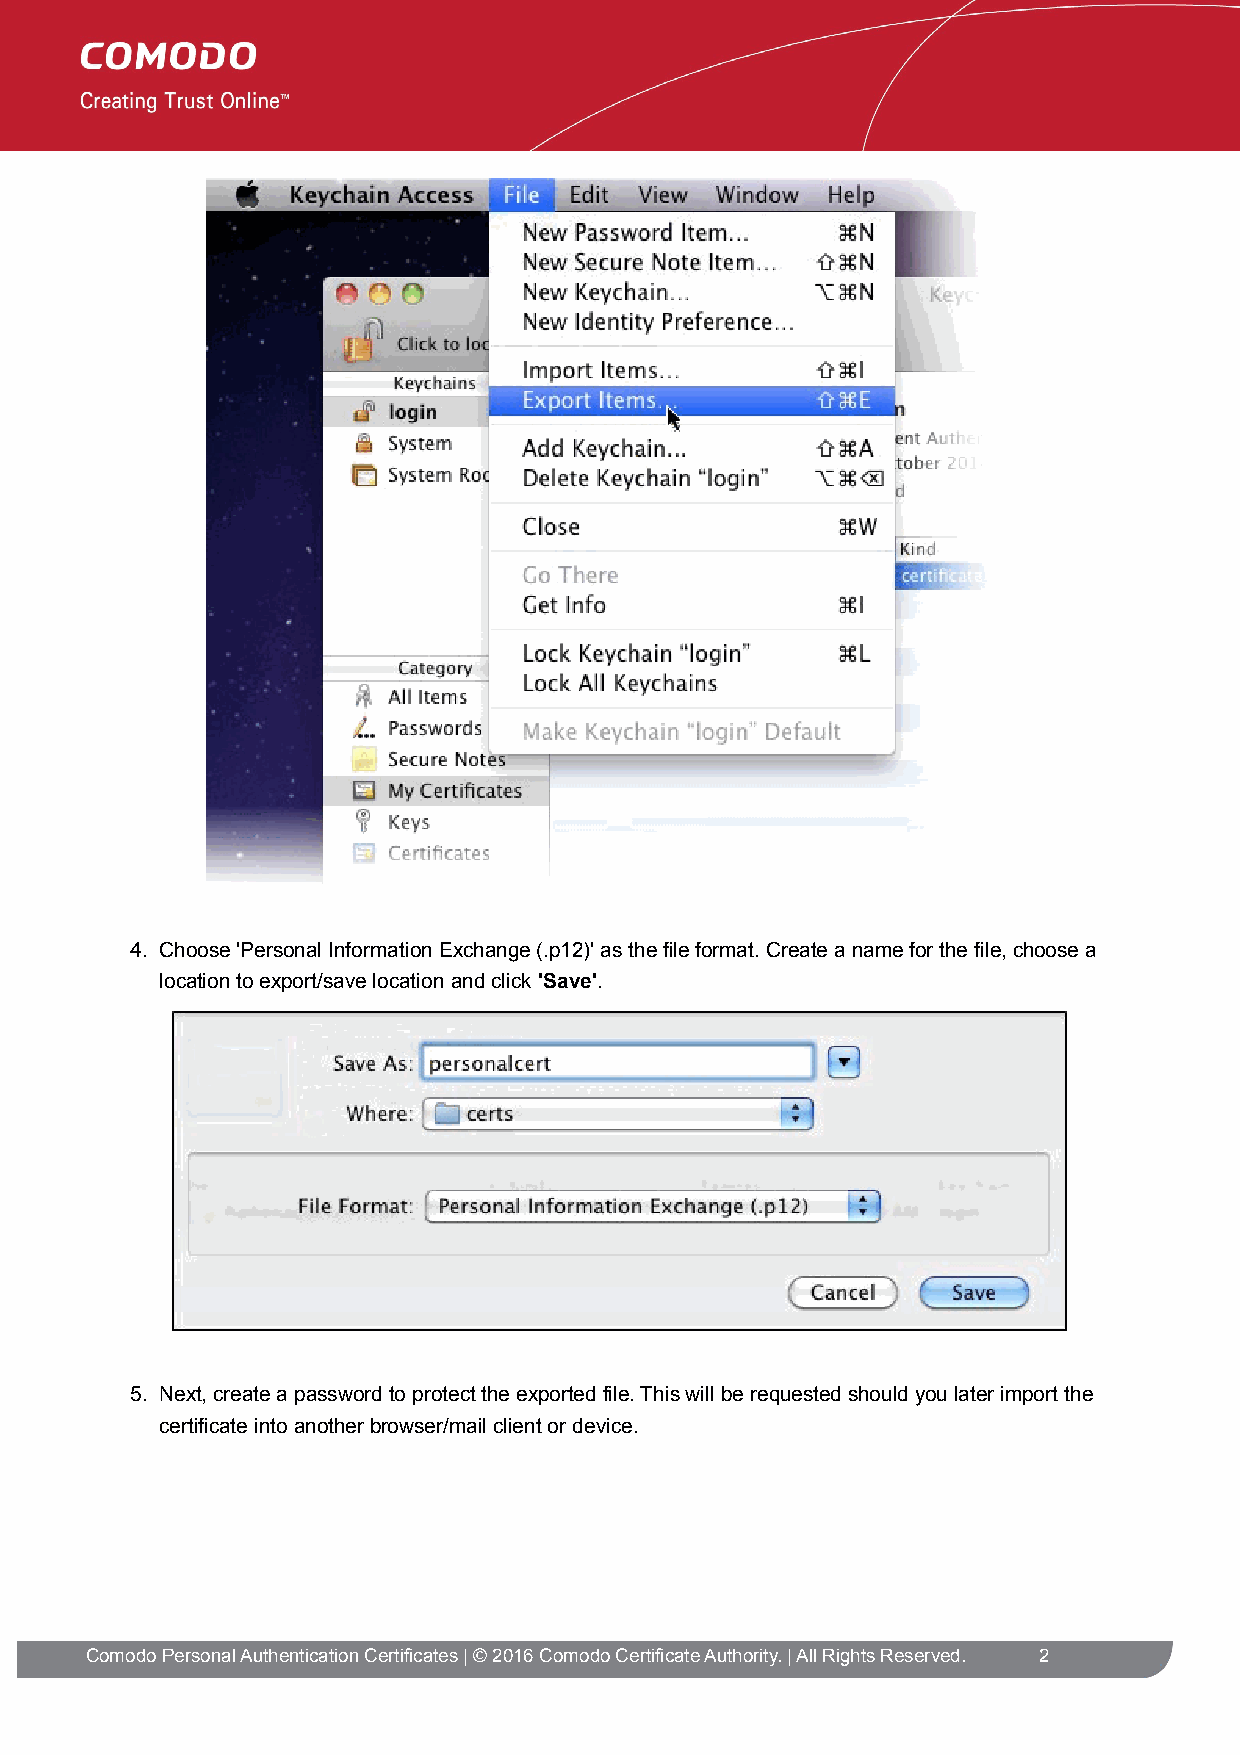
4. Choose 'Personal Information Exchange (.p12)' as the file format. Create a name for the file, choose a
 location to export/save location and click 'Save'.
 5. Next, create a password to protect the exported file. This will be requested should you later import the
 certificate into another browser/mail client or device.
 Comodo Personal Authentication Certificates | © 2016 Comodo Certificate Authority. | All Rights Reserved. 2